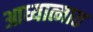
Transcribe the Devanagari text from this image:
आध्यात्मात